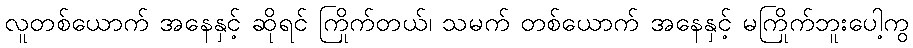
လူတစ်ယောက် အနေနှင့် ဆိုရင် ကြိုက်တယ်၊ သမက် တစ်ယောက် အနေနှင့် မကြိုက်ဘူးပေါ့ကွ